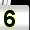
Digit: 5